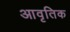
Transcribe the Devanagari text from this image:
आवृतिक